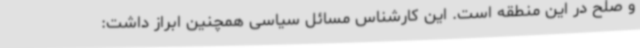
و صلح در این منطقه است. این کارشناس مسائل سیاسی همچنین ابراز داشت: